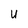
Character: V